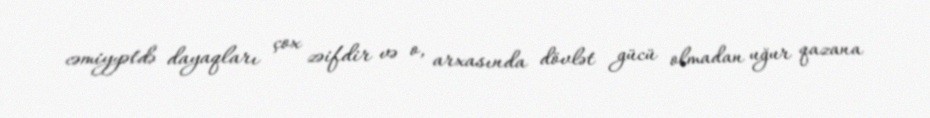
cəmiyyətdə dayaqları çox zəifdir və o, arxasında dövlət gücü olmadan uğur qazana